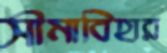
সীমাবিহার